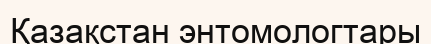
Қазақстан энтомологтары